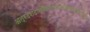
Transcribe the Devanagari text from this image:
अत्रदशदानंवैतरणीऋणमोक्षपापधेनुदानमुक्तं